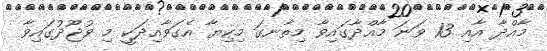
މާއްދާ އާއި 13 ވަނަ މާއްދާގައިވާ މިތާނގަ މިކިޔާ އެގަވާއިދަކީ މި ވުޖޫދުގައިވާ